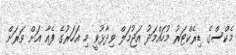
މެކްސްގެ ޑިރެކްޓަރު މުހައްމަދު އަޖުމަލް ވިދާޅުވީ މި އަހަރުގެ ފެއާ އަށް ވަރަށް